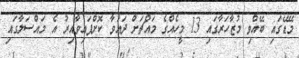
މޭޑޭގައި ބޭއްވި މުޒާހަރާގައި 13 މީހެއްގެ މައްޗަށް ދައުވާ ކޮށްފައިވާއިރު އެ މައްސަލާގައި